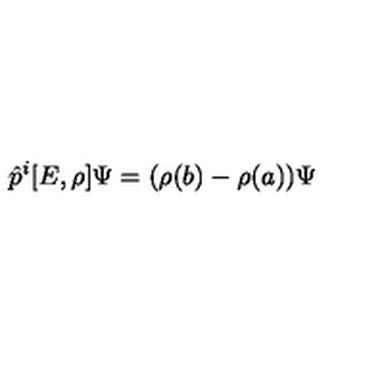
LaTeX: \hat { p } ^ { i } [ E , \rho ] \Psi = ( \rho ( b ) - \rho ( a ) ) \Psi